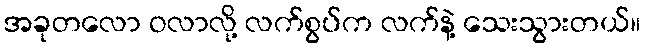
အခုတလော ဝလာလို့ လက်စွပ်က လက်နဲ့ သေးသွားတယ်။